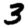
Digit: 3